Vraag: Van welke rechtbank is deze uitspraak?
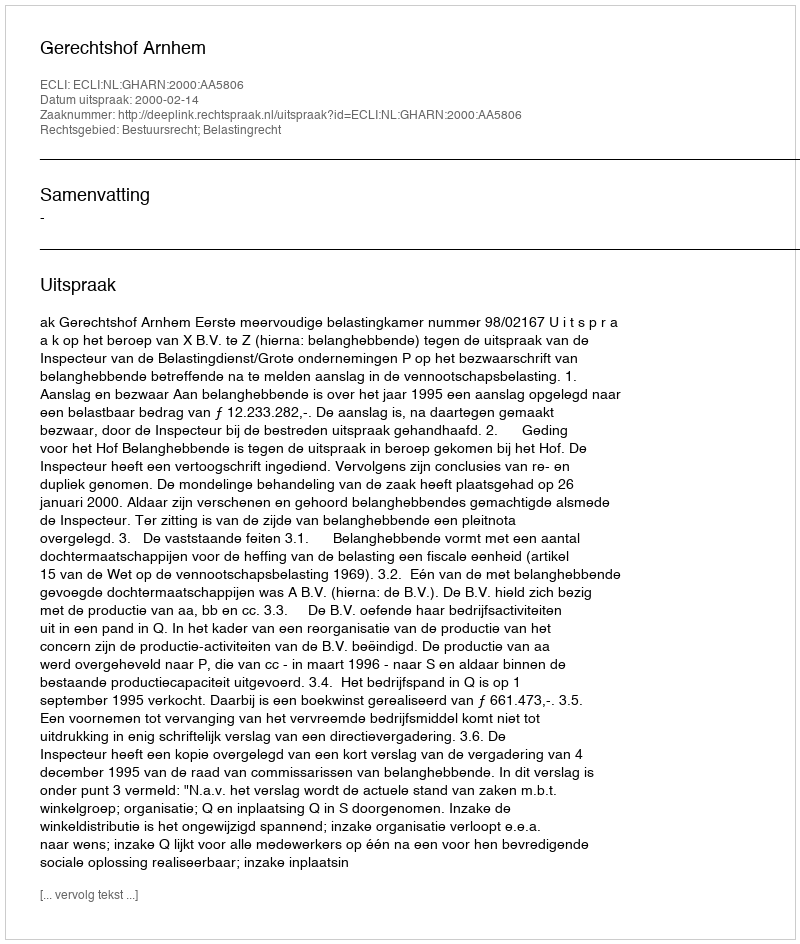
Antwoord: Gerechtshof Arnhem